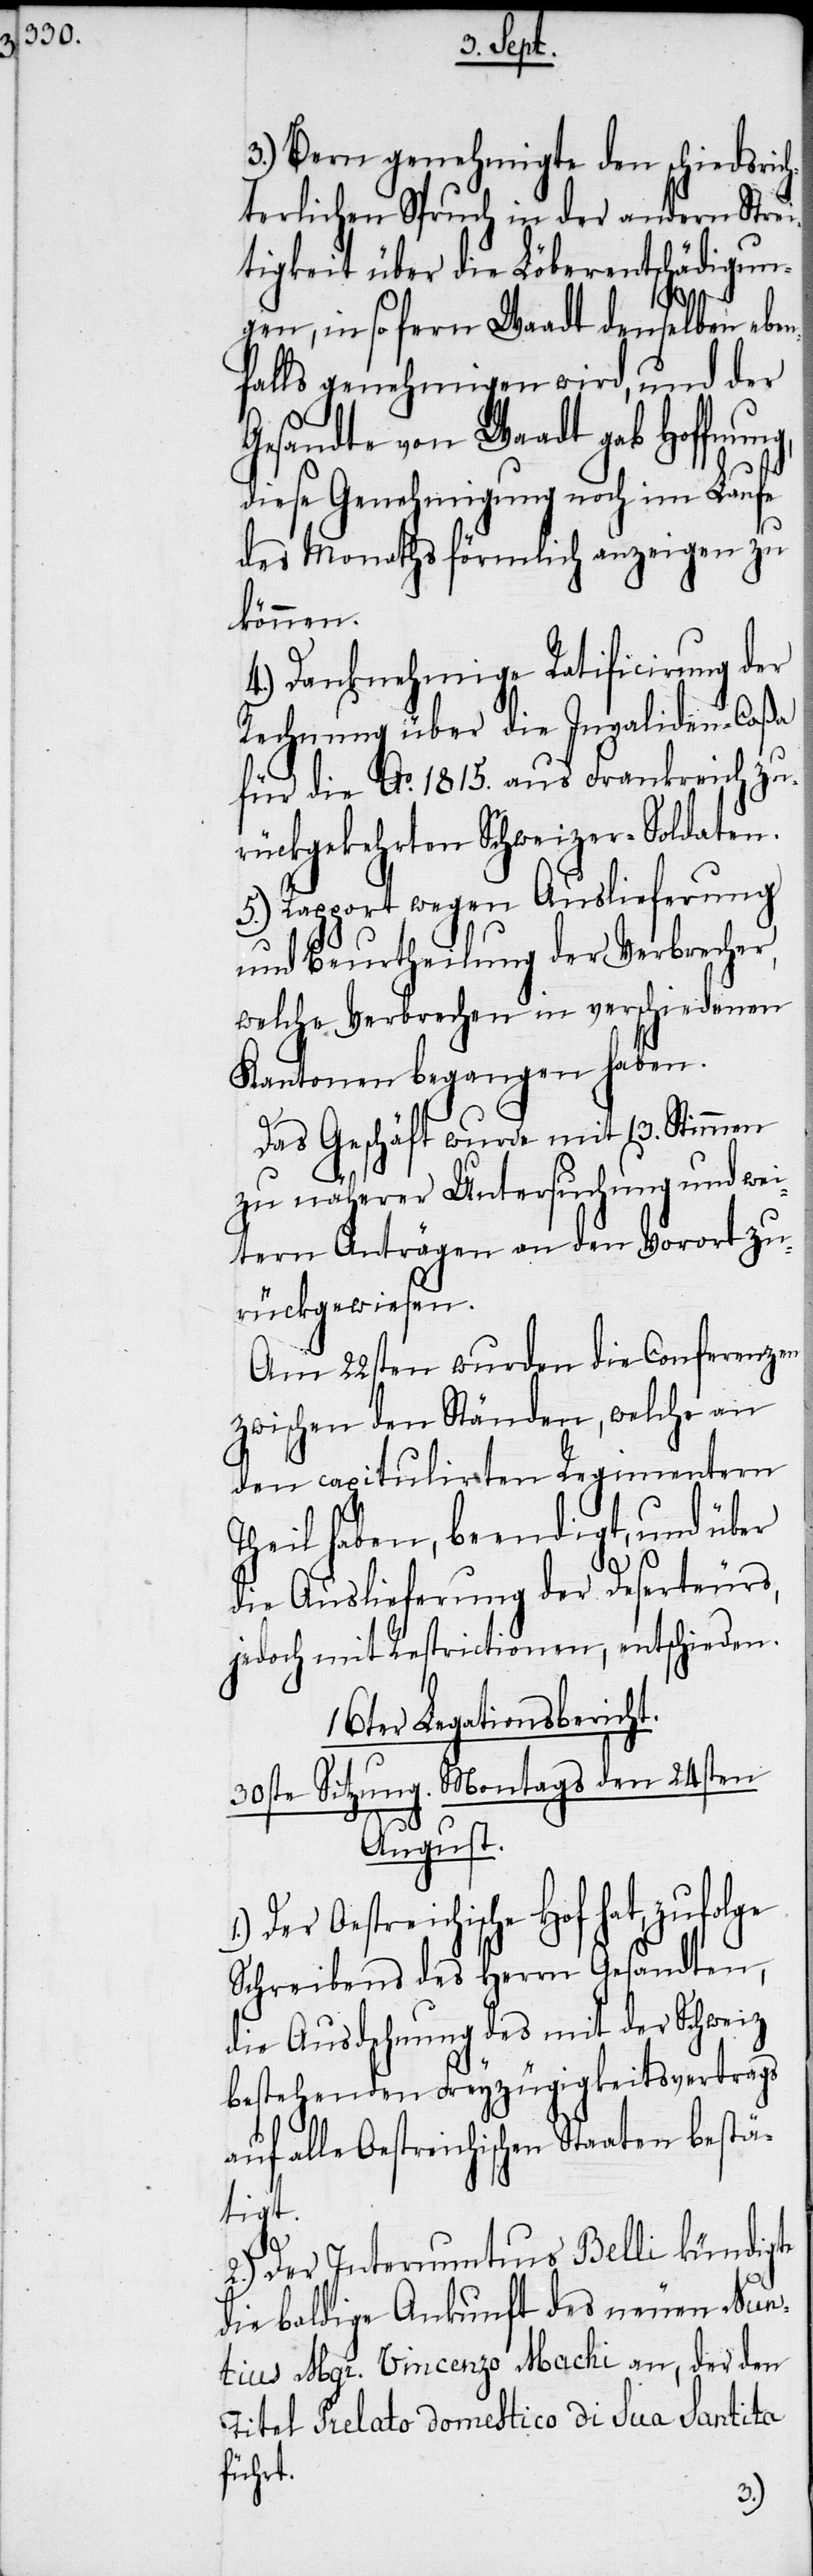
3.) Bern genehmigte den schiedsrich¬
terlichen Spruch in der andern Strei¬
tigkeit über die Löberentschädigun¬
g,
gen, in sofern Waadt denselben eben¬
falls genehmigen wird, und der
Gesandte von Waadt gab Hoffnun¬
diese Genehmigung noch im Laufe
des Monaths förmlich anzeigen zu
können.
4.) Danknehmige Ratificirung der
Rechnung über die Invaliden-Caßa
für die Ao. 1815. aus Frankreich zu¬
rückgekehrten Schweizer-Soldaten.
5.) Rapport wegen Auslieferung
und Beurtheilung der Verbrecher,
welche Verbrechen in verschiedenen
Kantonen begangen haben.
Das Geschäft wurde mit 13. Stimmen
zu näherer Untersuchung und wei¬
tern Anträgen an den Vorort zu¬
rückgewiesen.
Am 22sten wurden die Conferenzen
zwischen den Ständen, welche an
den capitulirten Regimentern
Theil haben, beendigt, und über
die Auslieferung der Deserteurs,
jedoch mit Restrictionen, entschieden.
16ter Legationsbericht.
30ste Sitzung. Montags den 24sten
August.
Der Oestreichische Hof hat,
Schreibens des Herrn Gesandten,
die Ausdehnung des mit der Schweiz
bestehenden Freyzügigkeitsvertrags
auf alle Oestreichischen Staaten bestä¬
tigt.
2.) Der Internuntius Belli kündigte
die baldige Ankunft des neuen Nun¬
tius Mgr. Vincenzo Machi an, der den
Titel Prelato domestico di Sua Santita
führt.